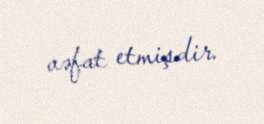
vəfat etmişdir.